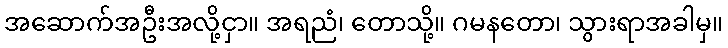
အဆောက်အဦးအလို့ငှာ။ အရညံ၊ တောသို့။ ဂမနတော၊ သွားရာအခါမှ။